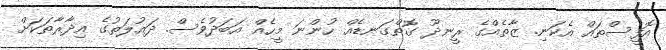
އޮފީސްތައް އެކަނި. ޒާތެއްގެ ރީނދޫ ގޮތްގަނޑެއް ހުންނަ މީހެއް އަބަދުވެސް. ދައުލަތުގެ އިދާރާތަކަށް